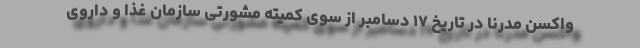
واکسن مدرنا در تاریخ ۱۷ دسامبر از سوی کمیته مشورتی سازمان غذا و داروی